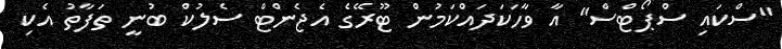
"ސްކައި ސްޕޯޓްސް" އާ ވާހަކަދައްކަމުން ޓޫރޭގެ އެޖެންޓް ސެލުކް ބުނީ ތަފާތު އެކި